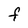
Character: F